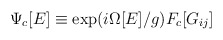
\begin{align*}\Psi_c [E] \equiv \exp (i \Omega [ E ] / g ) F_c [G_{ij}]\end{align*}